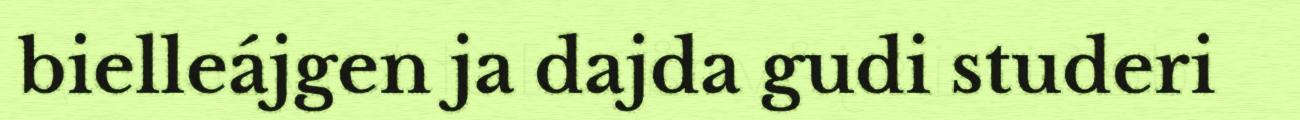
bielleájgen ja dajda gudi studeri